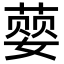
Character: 𮐨